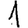
Digit: 1